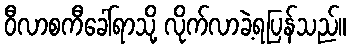
ဝီလာစကီခေါ်ရာသို့ လိုက်လာခဲ့ရပြန်သည်။